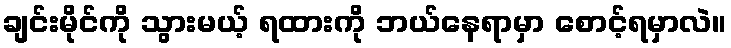
ချင်းမိုင်ကို သွားမယ့် ရထားကို ဘယ်နေရာမှာ စောင့်ရမှာလဲ။